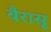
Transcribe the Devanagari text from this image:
बैरासू